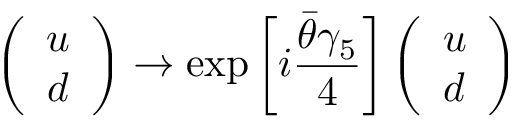
\left( \begin{array} { c } { { u } } \\ { { d } } \end{array} \right) \to \exp \left[ i \frac { \bar { \theta } \gamma _ { 5 } } { 4 } \right] \left( \begin{array} { c } { { u } } \\ { { d } } \end{array} \right)